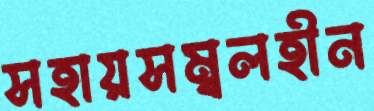
সহায়সম্বলহীন